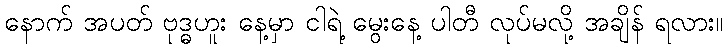
နောက် အပတ် ဗုဒ္ဓဟူး နေ့မှာ ငါရဲ့ မွေးနေ့ ပါတီ လုပ်မလို့ အချိန် ရလား။